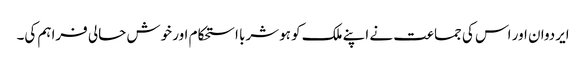
ایردوان اور اس کی جماعت نے اپنے ملک کو ہوشربا استحکام اور خوش حالی فراہم کی۔